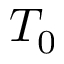
T _ { 0 }